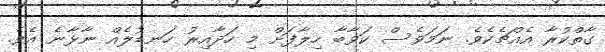
ގާތްކުރާ އެއްޗެކެވެ. ނަމަވެސް ކަވާބާ ހިލާފަށް މި ހަދާއިރު ހަނޑުލެއް ނާޅާނެ އެވެ.